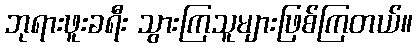
ဘုရားဖူးခရီး သွားကြသူများဖြစ်ကြတယ်။